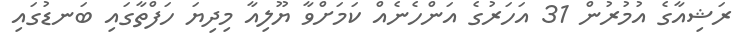
ރަޝިއާގެ އުމުރުން 31 އަހަރުގެ އަންހެނެއް ކަމަށްވާ ޔޫލިއާ މިދިޔަ ހަފްތާގައި ބަނޑުގައި